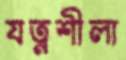
যত্নশীলা